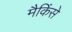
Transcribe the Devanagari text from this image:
मैकिंसे